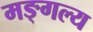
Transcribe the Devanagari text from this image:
मङ्गल्य